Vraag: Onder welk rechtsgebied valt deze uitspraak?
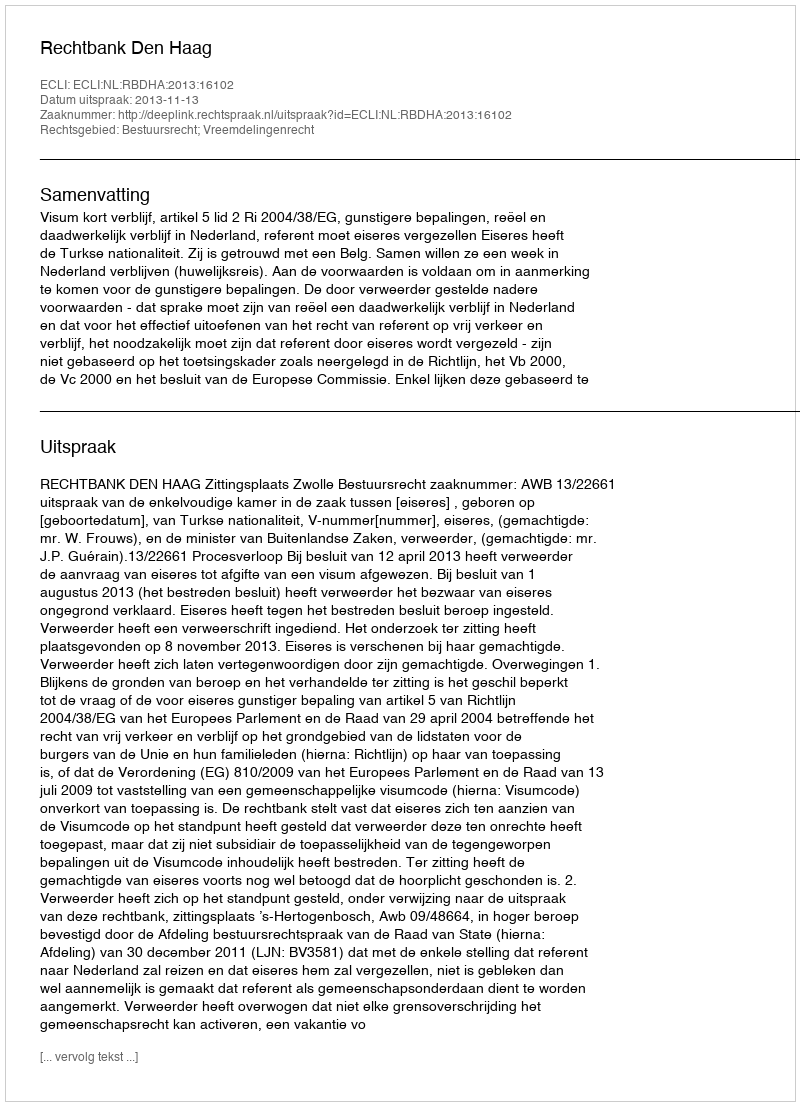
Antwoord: Bestuursrecht; Vreemdelingenrecht